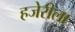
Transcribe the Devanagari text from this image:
हजेरीला